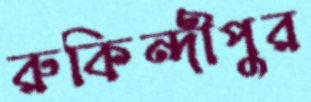
রুকিন্দীপুর